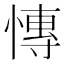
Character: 慱